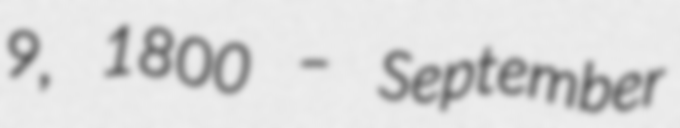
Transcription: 9, 1800 – September